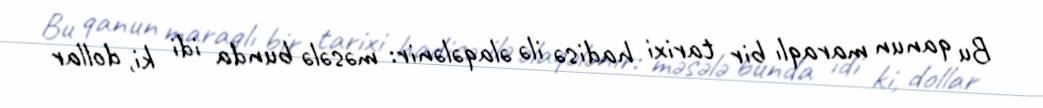
Bu qanun maraqlı bir tarixi hadisə ilə əlaqələnir: məsələ bunda idi ki, dollar